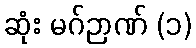
ဆုံး မဂ်ဉာဏ် (၁)